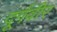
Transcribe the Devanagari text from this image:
दूर्गवीर